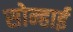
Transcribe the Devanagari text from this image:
सोन्हाई